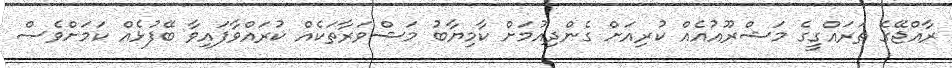
ރާއްޖޭގެ ތަރައްގީގެ މަޝްރޫއުއެއް ކުރިިއަށް ގެންދިއުމަށް ކާމިޔާބު މަޝްވަރާތަކެއް ކުރައްވާފައިވާ ބޭފުޅެއް ކަމަށްވެސް